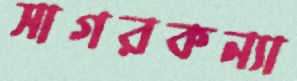
সাগরকন্যা